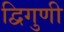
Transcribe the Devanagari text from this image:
द्विगुणी